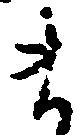
ま